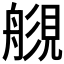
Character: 𧡬